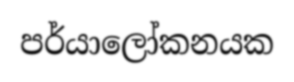
පර්යාලෝකනයක